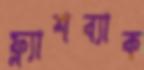
ফ্ল্যাশব্যাক